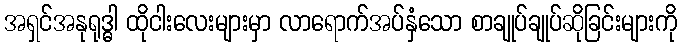
အရှင်အနုရုဒ္ဓါ ထိုငါးလေးများမှာ လာရောက်အပ်နှံသော စာချုပ်ချုပ်ဆိုခြင်းများကို